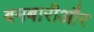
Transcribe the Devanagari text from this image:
बमबारीऔर